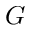
G